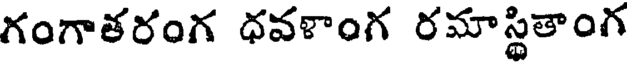
గంగాతరంగ ధవళాంగ రమాస్థితాంగ